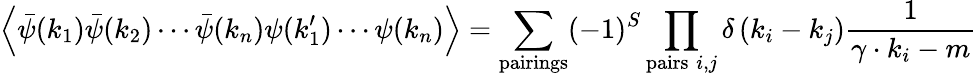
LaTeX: \left\langle{\bar{\psi}}(k_{1}){\bar{\psi}}(k_{2})\cdots{\bar{\psi}}(k_{n})\psi(k_{1}^{\prime})\cdots\psi(k_{n})\right\rangle=\sum_{\mathrm{pairings}}(-1)^{S}\prod_{\mathrm{pairs}\; i,j}\delta\left(k_{i}-k_{j}\right){\frac{1}{\gamma\cdot k_{i}-m}}